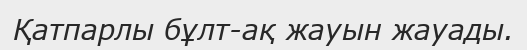
Қатпарлы бұлт-ақ жауын жауады.